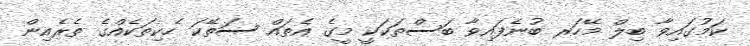
ކަމުގައިވާ ބިލް މޭހަރ ބުނެފައިވާ ބަސްތަކަކީ މީގެ އެތައް ސަތޭކަ ހެކިތަކެއްގެ ތެރެއިން